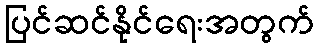
ပြင်ဆင်နိုင်ရေးအတွက်